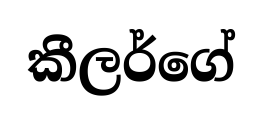
කීලර්ගේ